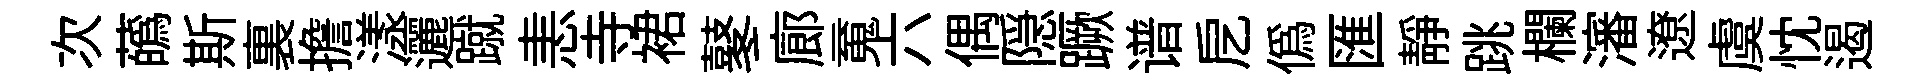
次蘤斯裏擔漾邐蹴恚寺裙鼕廊䰟六偶隠蹶谱戹偽匯静跳欄瀋遼虞忱遏